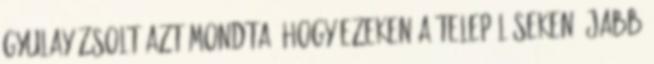
Gyulay Zsolt azt mondta, hogy ezeken a településeken újabb